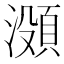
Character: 𬉐